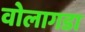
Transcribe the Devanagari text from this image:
वोलागडा